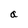
Character: a